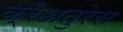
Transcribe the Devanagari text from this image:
क्रेअतुरेस